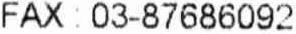
FAX : 03-87686092